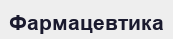
Фармацевтика